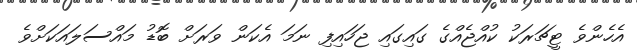
އެހެންވެ ޓީޗަރަކު ކުއްޖެއްގެ ގައިގައި ޖަހައިފި ނަމަ އެކަން ވަރަށް ބޮޑު މައްސަލައަކަށްވެ